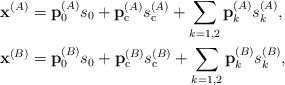
LaTeX: \begin{align*} \mathbf{x}^{(A)}&= \mathbf{p}_{\mathrm{0}}^{(A)} s_{\mathrm{0}}+\mathbf{p}_{\mathrm{c}}^{(A)} s_{\mathrm{c}}^{(A)} + \sum_{k=1,2} \mathbf{p}_k^{(A)} s_{k}^{(A)},\\ \mathbf{x}^{(B)}&= \mathbf{p}_{\mathrm{0}}^{(B)} s_{\mathrm{0}}+\mathbf{p}_{\mathrm{c}}^{(B)} s_{\mathrm{c}}^{(B)} + \sum_{k=1,2} \mathbf{p}_k^{(B)} s_{k}^{(B)},\end{align*}